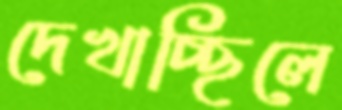
দেখাচ্ছিলে